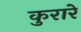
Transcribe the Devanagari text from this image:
कुरारे